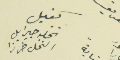
كفيل نخله جبرايل النخل طرزا